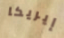
إيريكا